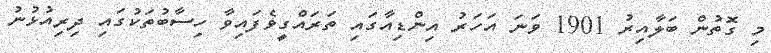
މި ގޮތުން ބަލާއިރު 1901 ވަނަ އަހަރު އިންޑިއާގައި ތަރައްގީވެފައިވާ ހިސާބުތަކުގައި ދިރިއުޅުނު